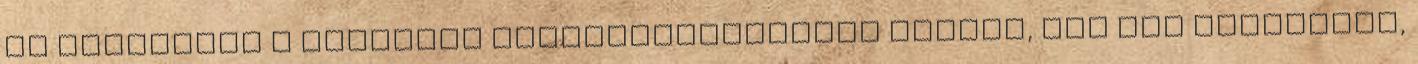
és többnyire a tudomány félreértelmezésén alapul, „Ma két hagyomány,